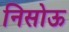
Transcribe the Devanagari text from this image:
निसोऊ